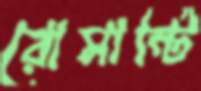
রোমান্টি